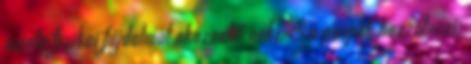
szinte fizikai fájdalmat okoznak” neki. S a püspök hozzáteszi: